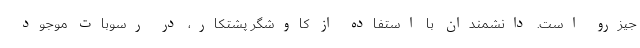
جیزرو است. دانشمندان با استفاده از کاوشگر پشتکار، در رسوبات موجود